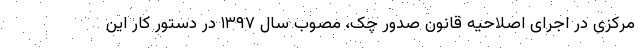
مرکزی در اجرای اصلاحیه قانون صدور چک، مصوب سال ۱۳۹۷ در دستور کار این